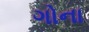
ગોના